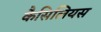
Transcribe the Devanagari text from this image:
कैसिलियस